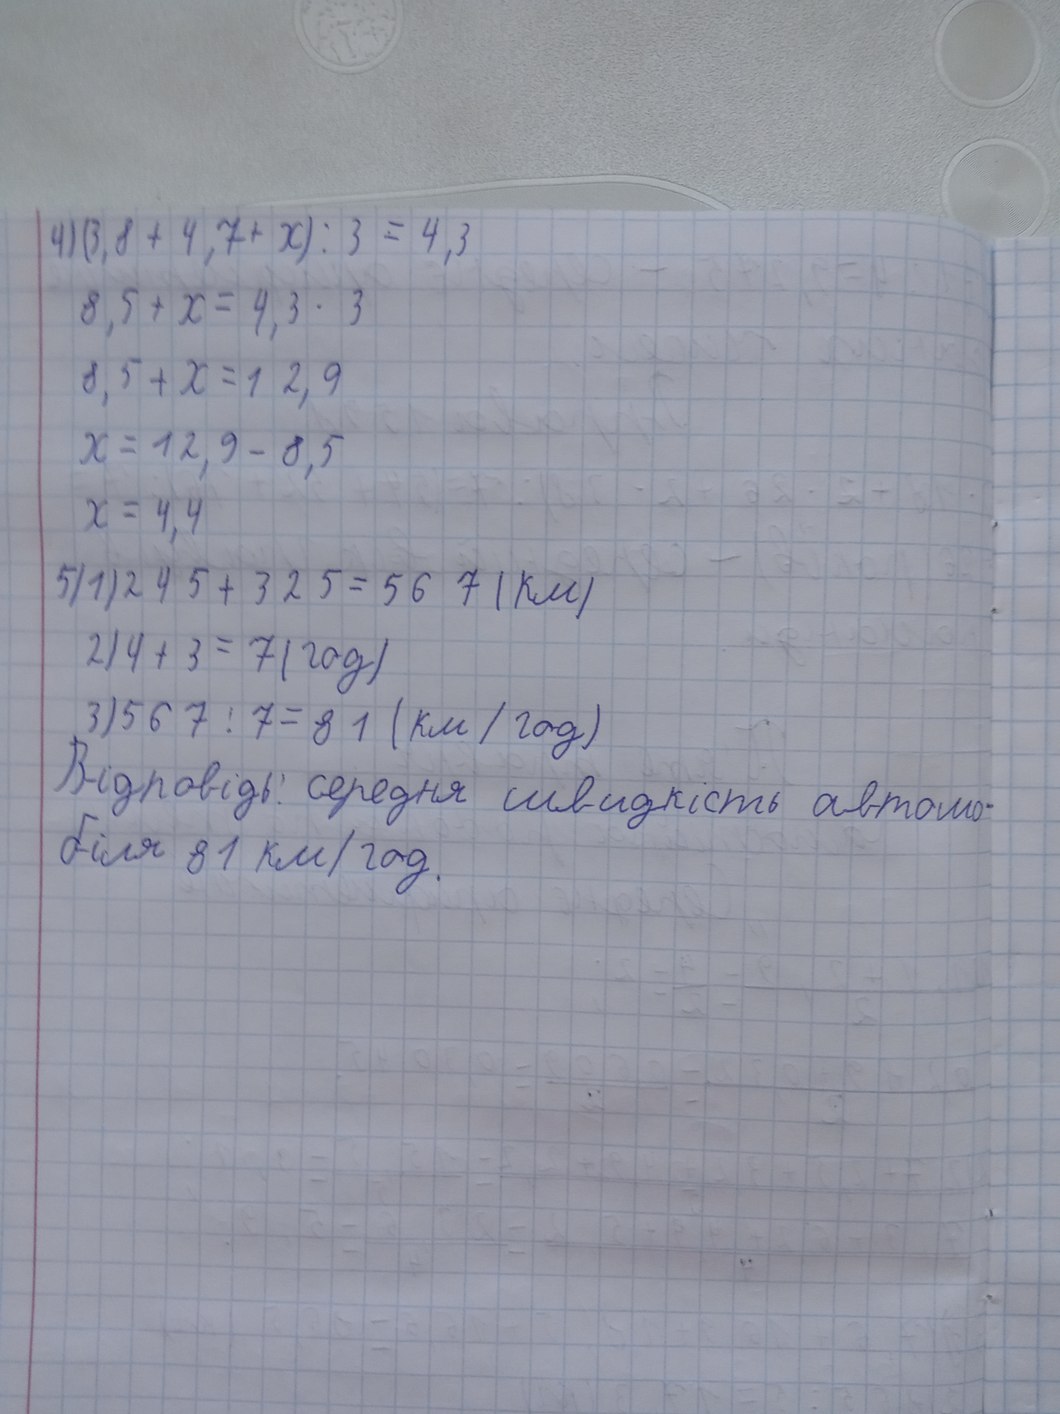
(3,8 + 4,7 + x) / 3 = 4,3
4)
8,5 + x = 4,3 * 3
8, 5 + x = 12, 9
x = 12,9 - 8,5
x = 4,4
5)
1) 245 + 325 = 567 (км)
2) 4 + 3 = 7 (год)
3) 567 / 7 = 81 (км / год)
Відповідь: середня швидкість автомо-
біля 81 км/год.